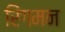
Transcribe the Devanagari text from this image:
रिंगमन